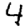
Digit: 4